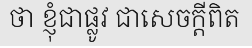
ថា ខ្ញុំជាផ្លូវ ជាសេចក្តីពិត